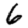
Digit: 6